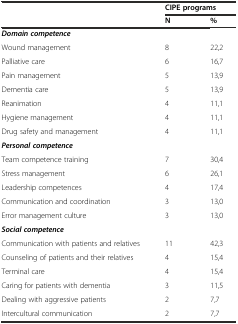
|  | <COLSPAN=2> CIPE programs |
 |  | N | % |
 | --- | --- | --- |
 | Domain competence |  |  |
 | Wound management | 8 | 22,2 |
 | Palliative care | 6 | 16,7 |
 | Pain management | 5 | 13,9 |
 | Dementia care | 5 | 13,9 |
 | Reanimation | 4 | 11,1 |
 | Hygiene management | 4 | 11,1 |
 | Drug safety and management | 4 | 11,1 |
 | Personal competence |  |  |
 | Team competence training | 7 | 30,4 |
 | Stress management | 6 | 26,1 |
 | Leadership competences | 4 | 17,4 |
 | Communication and coordination | 3 | 13,0 |
 | Error management culture | 3 | 13,0 |
 | Social competence |  |  |
 | Communication with patients and relatives | 11 | 42,3 |
 | Counseling of patients and their relatives | 4 | 15,4 |
 | Terminal care | 4 | 15,4 |
 | Caring for patients with dementia | 3 | 11,5 |
 | Dealing with aggressive patients | 2 | 7,7 |
 | Intercultural communication | 2 | 7,7 |